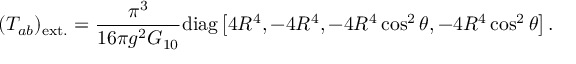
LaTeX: ( T _ { a b } ) _ { \mathrm { e x t . } } = \frac { \pi ^ { 3 } } { 1 6 \pi g ^ { 2 } G _ { 1 0 } } \mathrm { d i a g } \left[ 4 R ^ { 4 } , - 4 R ^ { 4 } , - 4 R ^ { 4 } \cos ^ { 2 } \theta , - 4 R ^ { 4 } \cos ^ { 2 } \theta \right] .